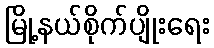
မြို့နယ်စိုက်ပျိုးရေး